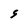
Character: S